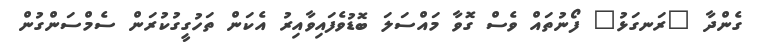
ގެންދާ "ރަނގަޅު" ފޯނުތައް ވެސް ގޮވާ މައްސަލަ ބޮޑުވެފައިވާއިރު އެކަން ތަހުގީގުކުރަން ސެމްސަންގުން